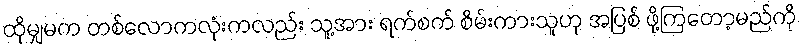
ထိုမျှမက တစ်လောကလုံးကလည်း သူ့အား ရက်စက် စိမ်းကားသူဟု အပြစ် ဖို့ကြတော့မည်ကို